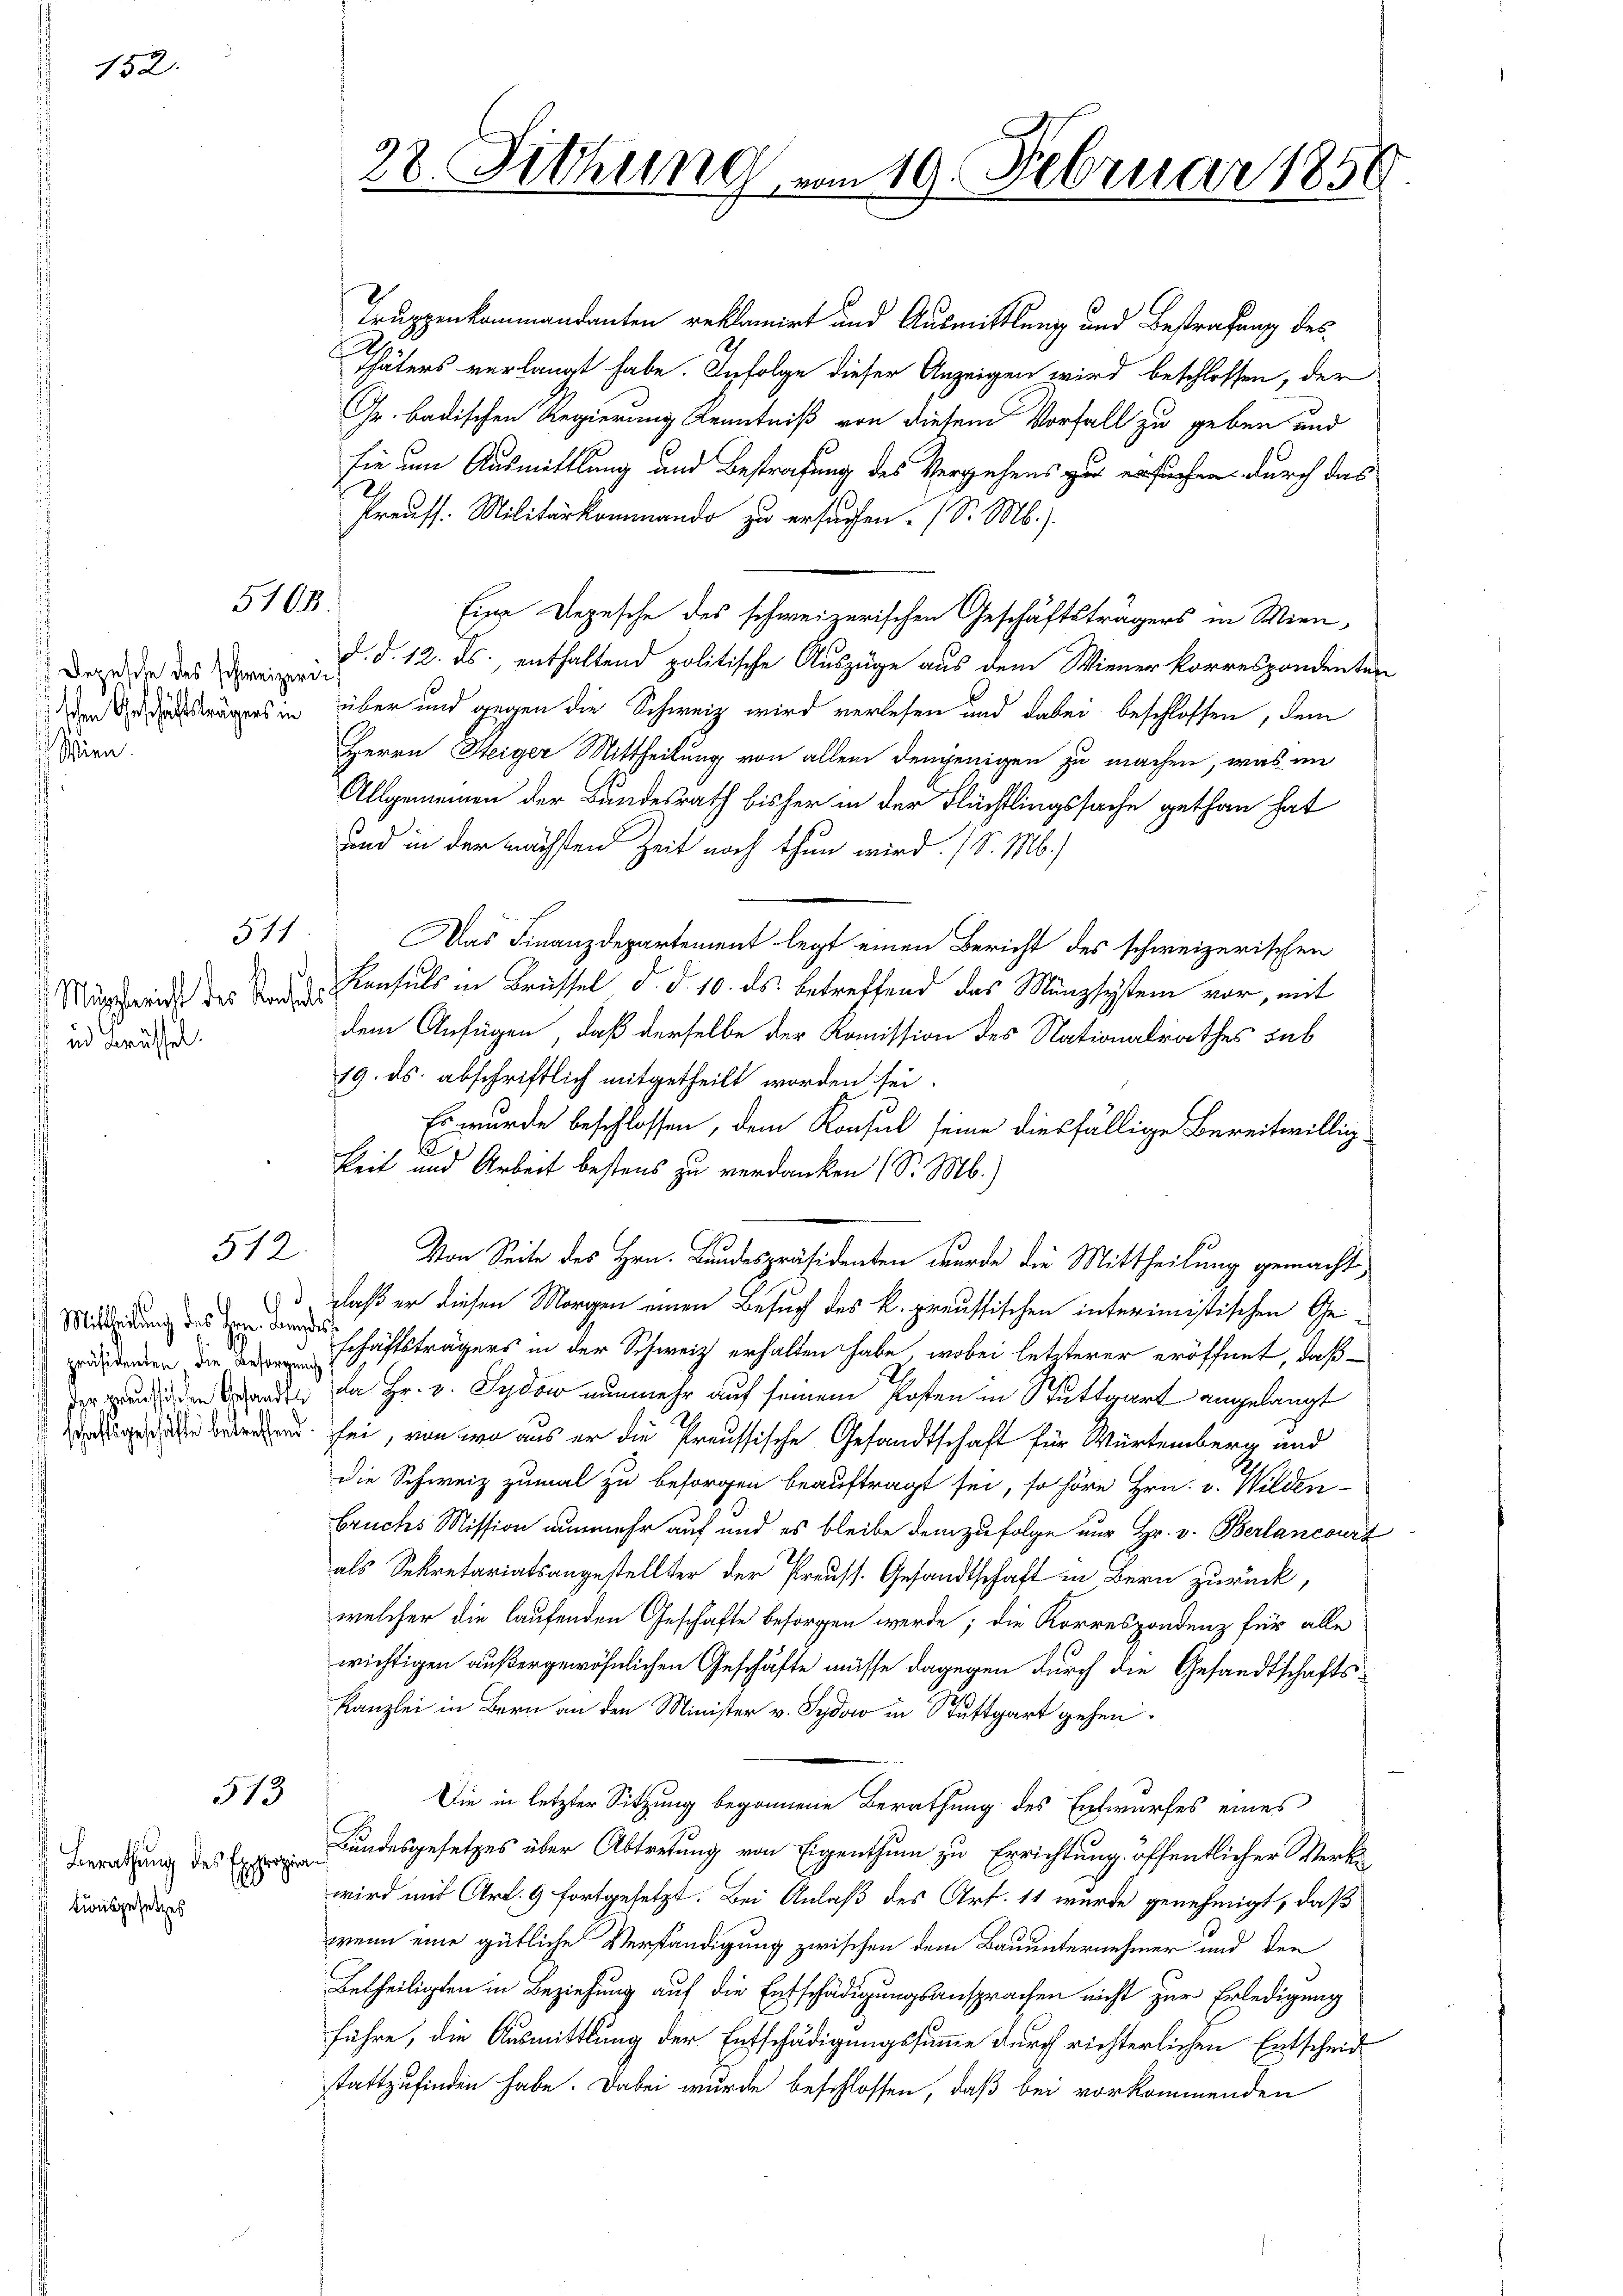
152.

Depesche des schweizerischen Geschäftsträgers in
 Wien.

5108.

Mugglericht des Konsuls
 in Brüssel.

511

512

G
 Mittheilung des Hrn. Dann
ispräsidenten die Besorgeng
der preussischen Gesandte
schaftsgeschäfte betreffend

tionsgesetzes

513
Berathung des Expropria

Truppenkommandanten reklamirt und Ausmittlung und Bestrafung des
Thäters verlangt habe. Infolge dieser Anzeigen wird beschlossen, der
Gr. badischen Regierung Kenntniß von diesem Vorfall zu geben und
fie um Ausmittlung und Bestrafung des Vergehens zu ersuchen durch das
Preuss. Militärkommando zu ersuchen. (S. M.)
Eine Depesche des schweizerischen Geschäftsträgers in Wien,
d. d. 12. ds., enthaltend politische Auszüge aus dem Wiener korrespondenten
über und gegen die Schweiz wird verlesen und dabei beschlossen, dem
Herrn Steiger Mittheilung von allem denjenigen zu machen, was im
Allgemeinen der Bundesrath bisher in der Flüchtlingssache gethan hat
und in der nächsten Zeit noch thun wird. (S. M.)
Das Finanzdepartement legt einen Bericht des schweizerischen
Konsuls in Brüssel d. d. 10. ds. betreffend das Münzsystem vor, mit
dem Anfügen, daß derselbe der Komission des Nationalrathes sub
19. ds. abschriftlich mitgetheilt worden sei
Es wurde beschlossen, dem Konsul seine diesfällige bereitwillig¬
3
keit und Arbeit bestens zu verdanken (S. M.)
Von Seite des Hrn. Bundespräsidenten wurde die Mittheilung gemacht,
daß er diesen Morgen einen Besuch des k. preussischen interimistischen Gees
schäftsträgers in der Schweiz erhalten habe, wobei letzterer eröffnet, daß
da Hr. v. Sydow nunmehr auf seinem Posten in Stuttgart angelangt
sei, von wo aus er die Preussische Gesandtschaft für Würtemberg und
Die Schweiz zumal zu besorgen beauftragt sei, so höre Hrn. v. Wilden-
bruchs Mission nunmehr auf und es bleibe dem zufolge nur Hr. v. Berlancourt
als Sekretariatsangestellter der Preuss. Gesandtschaft in Bern zurück,
welcher die laufenden Geschäfte besorgen werde; die Korrespondenz für alle
wichtigen außergewöhnlichen Geschäfte müsse dagegen durch die Gesandtschafts¬
Kanzlei in Bern an den Minister v. Sydow in Stuttgart gehen.
Die in letzter Sitzung begonnene Berathung des Entwurfes eines
Bundesgesetzes über Abtretung von Eigenthum zu Errichtung öffentlicher Werke
wird mit Art. 9 fortgesetzt. Bei Anlaß des Art. 11 wurde genehmigt, daß
wenn eine gütliche Verständigung zwischen dem Bauunternehmer und den
Betheiligten in Beziehung auf die Entschädigungsansprachen nicht zur Erledigung
führe, die Ausmittlung der Entschädigungssumme durch richterlichen Entscheid
stattzufinden habe. Dabei wurde beschlossen, daß bei vorkommenden

28. Sitzung vom 19. Februar 1858.